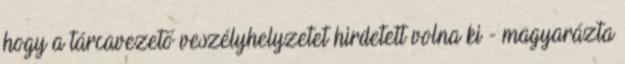
hogy a tárcavezető veszélyhelyzetet hirdetett volna ki - magyarázta